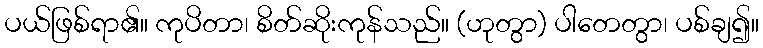
ပယ်ဖြစ်ရာ၏။ ကုပိတာ၊ စိတ်ဆိုးကုန်သည်။ (ဟုတွာ) ပါတေတွာ၊ ပစ်ချ၍။